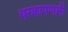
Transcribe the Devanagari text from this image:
थरकापणारी